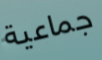
جماعية